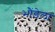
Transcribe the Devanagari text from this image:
भौंडेला